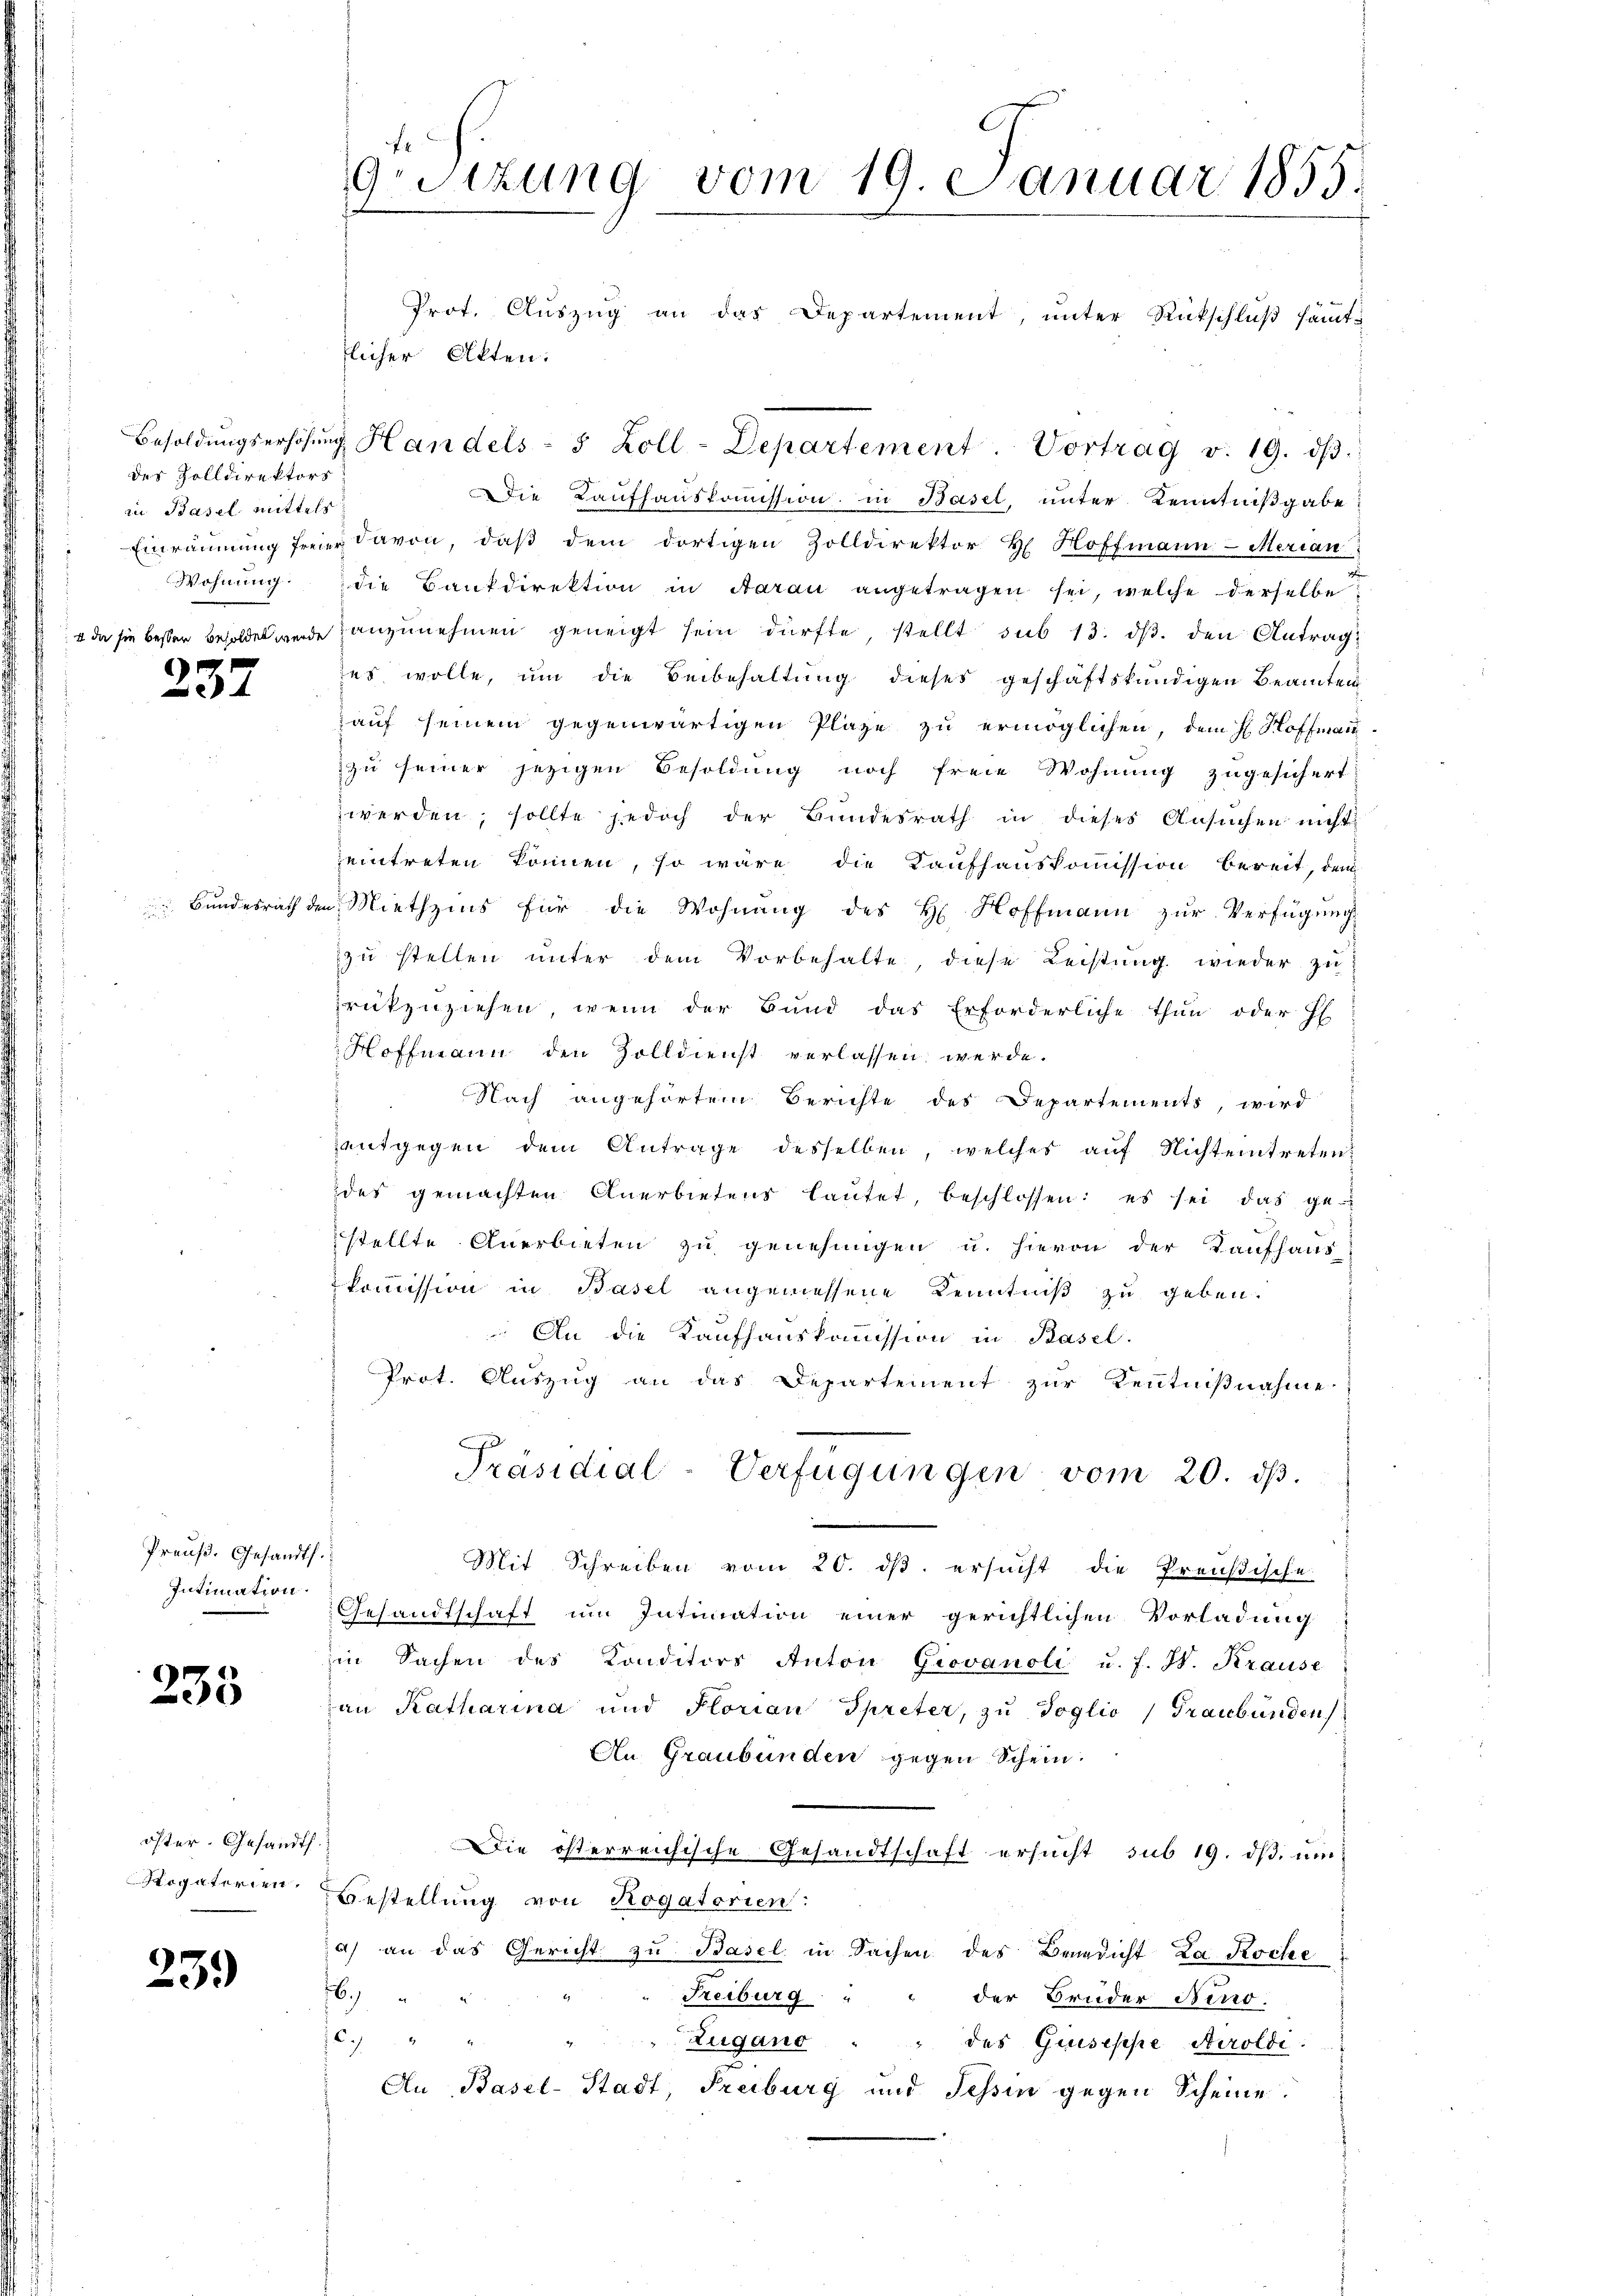
des Zolldirektors
in Basel mittels

237

Preuß. Gesandth
Intimation.

235

öster. Gesandts
rgaterien.

23.)

Bundesrath der

9.sizung vom 19. Januar 1855.

Prot. Auszug an das Departement, unter Rückschlŭβ samt-
flicher Akten.
Besoldŭngserhöhŭng Handels- 5 Zoll-Departement. Vortrag v. 19. dβ.
Die Kaufhauskommission in Basel, unter Kenntnißgabe
Einräumung freier davon, daβ dem dortigen Zolldirektor H. Hoffmann-Marian
Wohnŭng die Bankdirektion in Aarau angetragen sei, welche derselbe
+ da sie besser besoldet werde anzunehmen geneigt sein dürfte stellt sub 13. ds. den Antragses wolle, um die Beibehaltung dieses geschaftskündigen Beamten
auf seinem gegenwärtigen Plaze zu ermöglichen, dem H. Hoffmann-
zu seiner jezigen Besoldung noch freie Wohnung zugesichert
werden, sollte jedoch der Bundesrath in dieses Ansuchen nicht
eintreten können, so wäre die Kaufhauskommission bereit, dem
in Miethzins für die Wohnung des H. Hoffmann zur Verfügung
zu stellen unter dem Vorbehalte, diese Leistung wieder zu
rükzuziehen, wenn der Bund das Erforderliche thun oder El
Hoffmann den Zolldienst verlassen werde.
Nach angehörtem Berichte des Departements, wird
entgegen dem Antrage desselben, welches auf Nichteintreten
des gemachten Anerbietens laŭtet, beschlossen: es sei das ge-
stellte Anerbieten zu genehmigen u. hievon der Kaufhaus-
kommission in Basel angemessene Kenntniß zu geben.
 An die Kaufhauskommission in Basel.
Prot. Auszug an das Departement zur Kenntnißnahme
Präsidial-Verfügungen vom 20. ds.
Mit Schreiben vom 20. ds. ersucht die Preußische
Gesandtschaft im Intimation einer gerichtlichen Vorladung
in Sachen des Konditors Anton Giovanoli u. f. J. Krause
an Katharina und Florian Spreter, zŭ Soglio Graubünden
An Graubünden gegen Schein.
Die österreichische Gesandtschaft ersucht sub 19. dβ ŭm
Bestellung von Rogatorien:
a) an das Gericht zu Basel in Sachen des Benedicht La Roche
)
6
Freiburg " " der Bruder Neno.
269
Zugano
" des Guseppe Airoldi
An Basel-Stadt, Freiburg und Tessin gegen Scheine